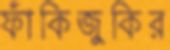
ফাঁকিজুকির